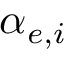
\alpha _ { e , i }